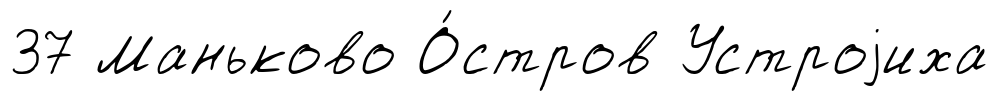
37 Маньково О́стров Устроjиха